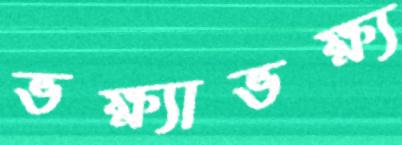
ভক্ষ্যাভক্ষ্য